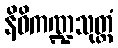
နိဓိကဏ္ဍသုတ္တံ